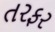
તરફર